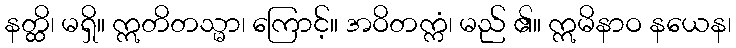
နတ္ထိ၊ မရှိ။ ဣတိတသ္မာ၊ ကြောင့်။ အဝိတက္ကံ၊ မည် ၏။ ဣမိနာဝ နယေန၊